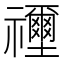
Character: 𥜦